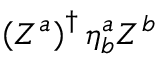
\left( Z ^ { a } \right) ^ { \dagger } \eta _ { b } ^ { a } Z ^ { b }